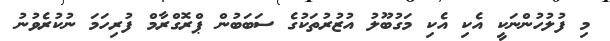
މި ފުލުހުންނަކީ އެކި އެކި މަގުބޫލު އުޒުރުތަކުގެ ސަބަބުން ޕްރޮގްރާމް ފުރިހަމަ ނުކުރެވުނު